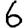
Digit: 6